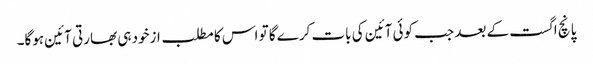
پانچ اگست کے بعد جب کوئی آئین کی بات کرے گا تو اس کا مطلب ازخود ہی بھارتی آئین ہوگا۔